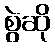
စွဲဆို